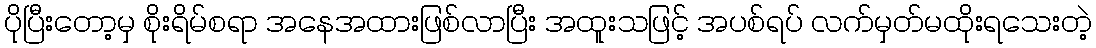
ပိုပြီးတော့မှ စိုးရိမ်စရာ အနေအထားဖြစ်လာပြီး အထူးသဖြင့် အပစ်ရပ် လက်မှတ်မထိုးရသေးတဲ့